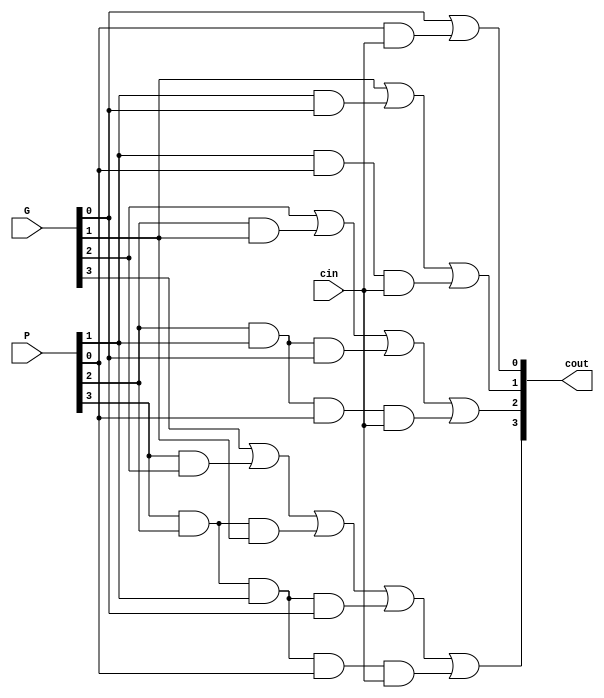
module CLA4 ( 
	input [4-1:0] 		G,
	input [4-1:0] 		P,
	input	      		cin,
	output[4-1:0] 		cout
	);

	
	assign cout[0] = G[0] | P[0] & cin;
	assign cout[1] = G[1] | (P[1] & G[0]) | (P[1] & P[0] & cin);
	assign cout[2] = G[2] | (P[2] & G[1]) | (P[2] & P[1] & G[0]) | (P[2] & P[1] & P[0] & cin);
	assign cout[3] = G[3] | (P[3] & G[2]) | (P[3] & P[2] & G[1]) | (P[3] & P[2] & P[1] & G[0]) | (P[3] & P[2] & P[1] & P[0] & cin) ;
endmodule